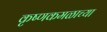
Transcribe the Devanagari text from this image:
कृष्णकमळाच्या